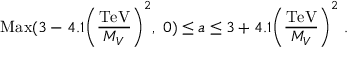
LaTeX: \mathrm { M a x } ( 3 - 4 . 1 \Biggl ( { \frac { \mathrm { T e V } } { M _ { V } } } \Biggr ) ^ { 2 } , \ 0 ) \leq a \leq 3 + 4 . 1 \Biggl ( { \frac { \mathrm { T e V } } { M _ { V } } } \Biggr ) ^ { 2 } \ .